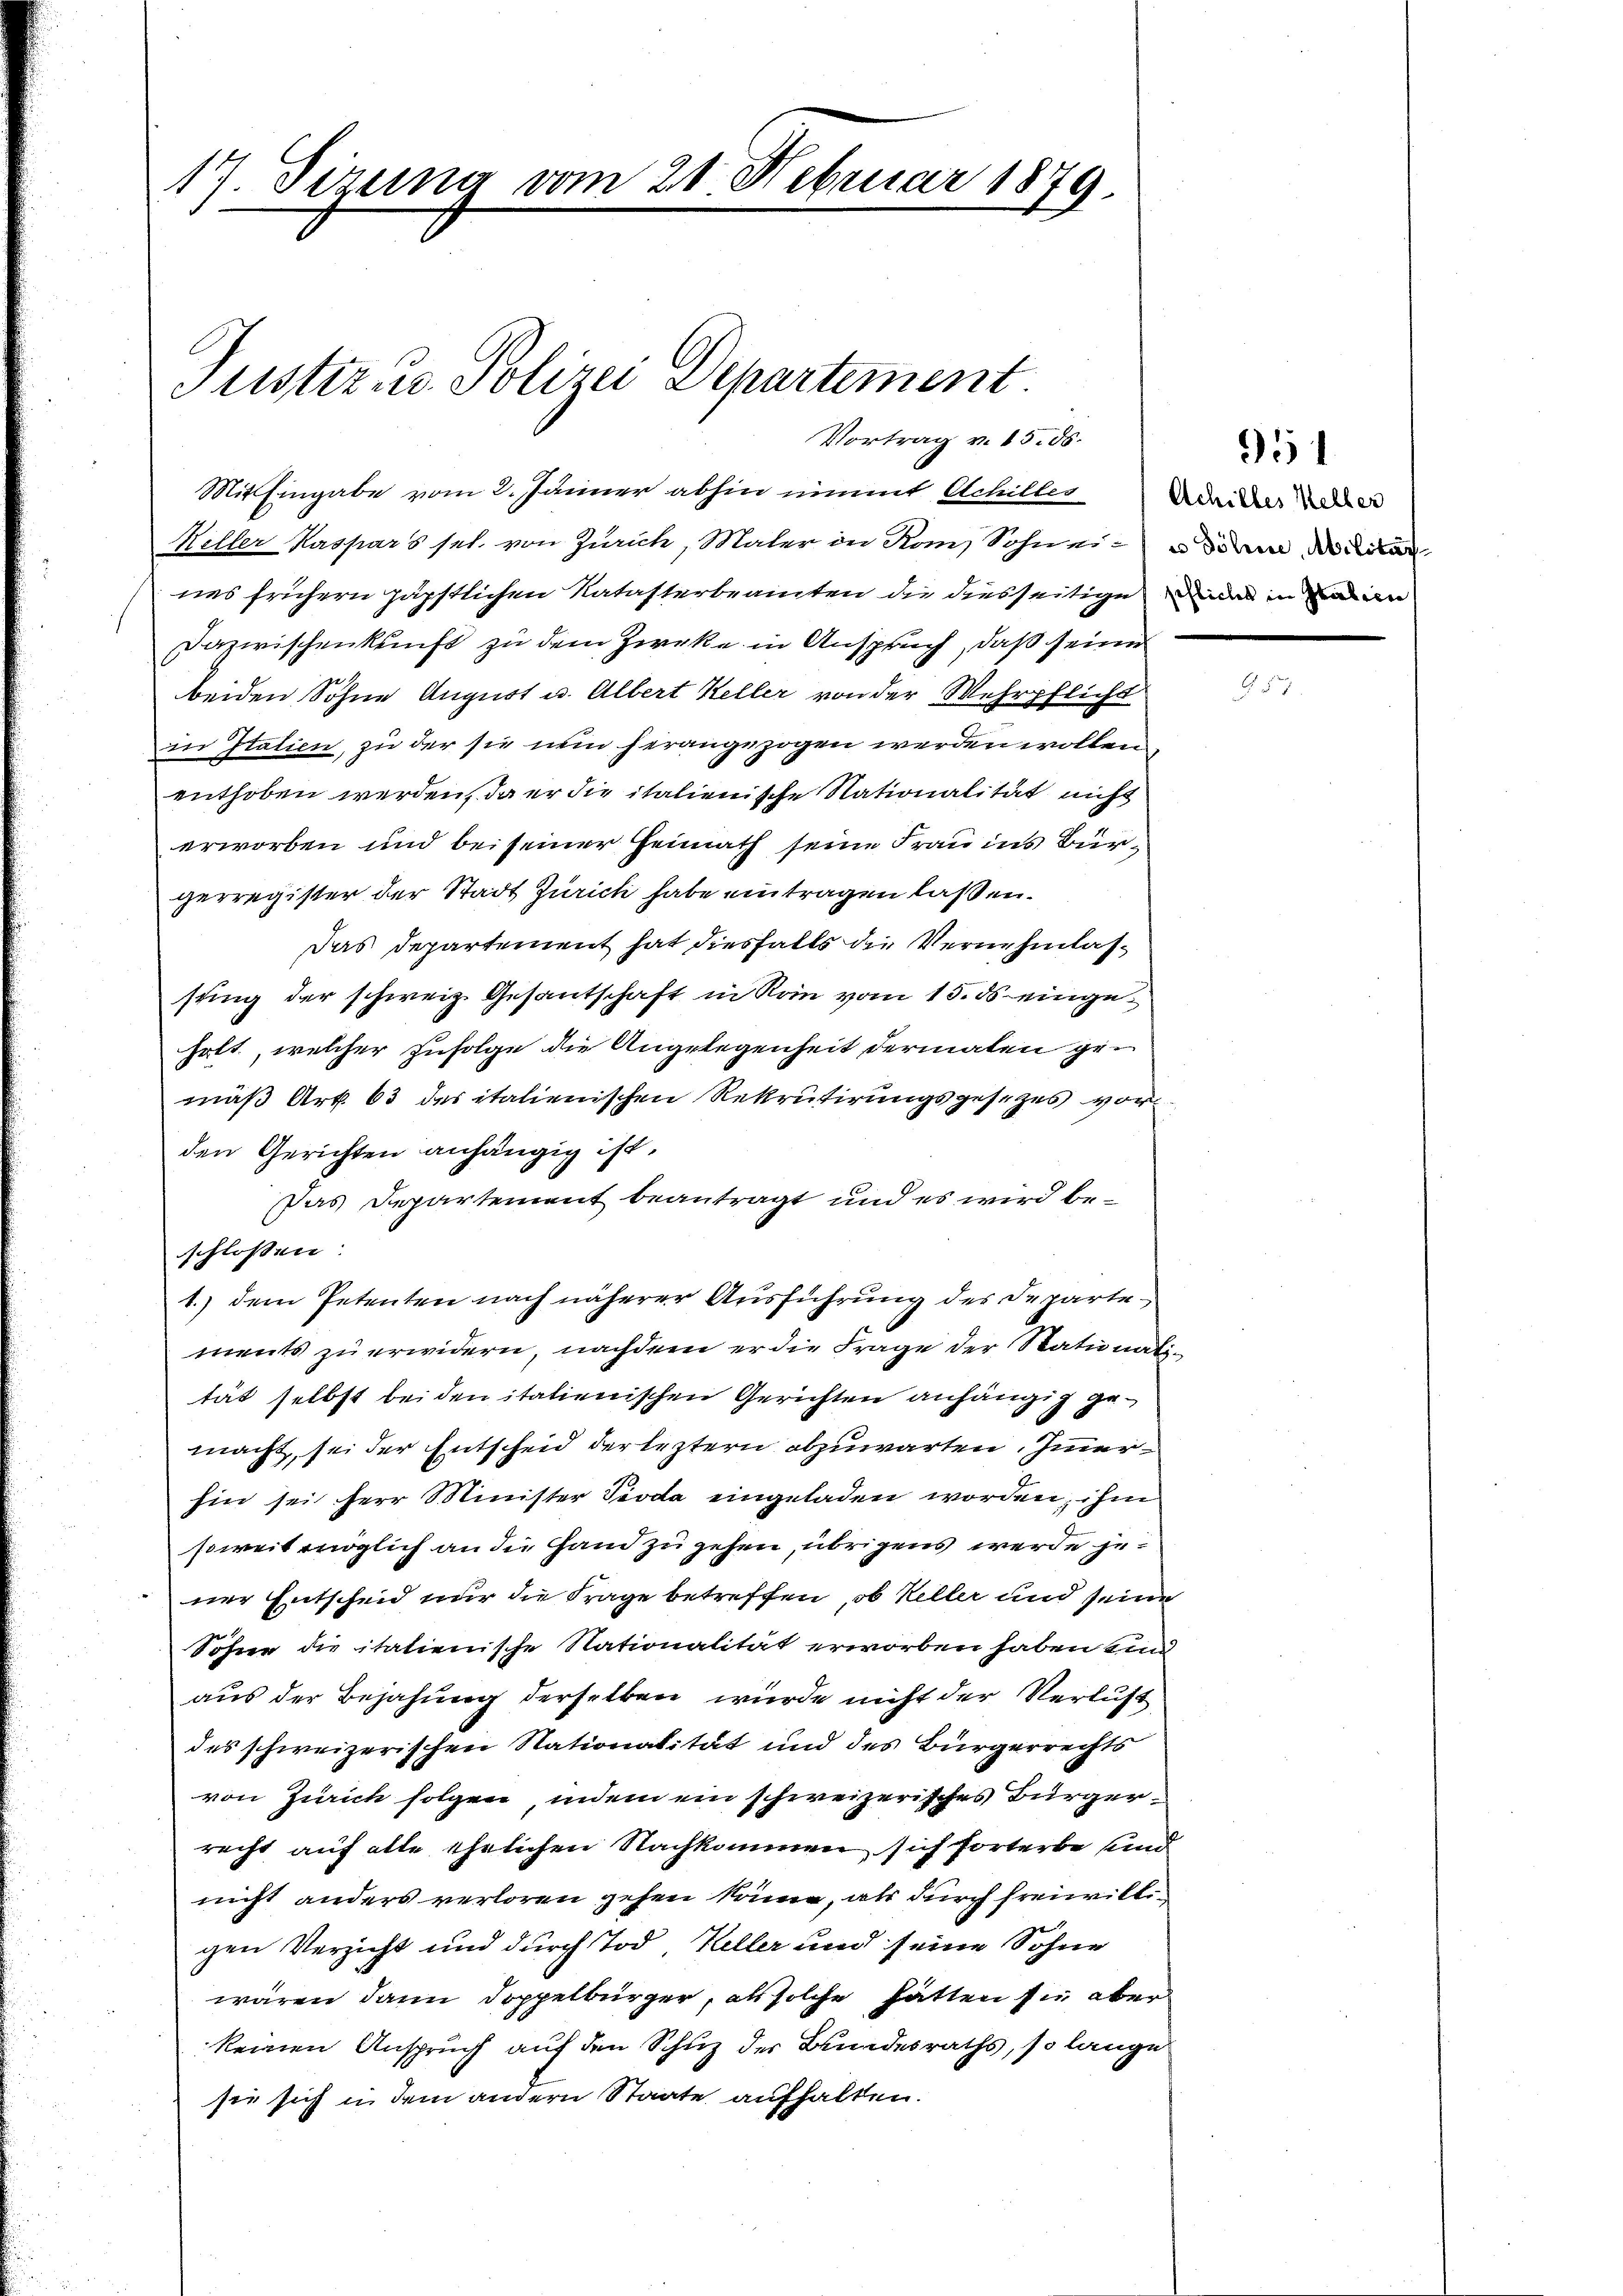
17. Dezung vom 21. Februar 1879.

Justiz- u. Polizei Departement.
Vortrag v. 15. ds.

Mit Eingabe vom 2. Jänner abhin nimmt Achilles Weide de
Keller Kaspars sel. von Zürich, Maler in Rom, Sohneien die
nes frühern päpstlichen Natasterbeamten die diesseitige das in und an
Dazwischenkunft zu dem Zirke in Anspruch, daß seiner
beiden Sohne August u. Albert Keller von der Wehrpflicht
in Italien, zu der sie nun herangezogen werden wollen
enthoben werden, da er die italienische Nationalität nicht
erworben und bei seiner Heimath seine Frau ins Bürgerregister der Stadt Zürich habe eintragen laßen.
Das Departement hat diesfalls die Vernehmlassung der schweiz. Gesantschaft in Rain vom 15. ds eingeholt, welcher Zufolge die Angelegenheit dermalen gemäß Art. 63 des italienischen Rekrutirungsgesetzes vor
den Gerichten anhängig ist,
Das Departement beantragt und es wird beschlossen:
1.) dem Petenten nach näherer Ausführung des Departements zu erwidern, nachdem er die Frage der Stationatität selbst beiden italienischen Gerichten anhängig gemacht, sei der Entscheid der leztern abzuwarten. Immerhin sei herr Minister Pioda eingeladen worden, ihm
soweit möglich an die Hand zu gehen, übrigens werde jener Entscheid nur die Frage betreffen, ob Keller und seine
Söhne die italienische Nationalität erworben haben und
aus der Bejahung derselben wurde nicht der Verlust
des schweizerischen Nationalität und des Bürgerrechts
von Zürich folgen, indem ein schweizerisches Bürgerrecht auf alle ehelichen Nachkommen sich forterbe und
nicht anders verloren gehen könne, als durch freiwilligen Verzicht und durch Tod. Keller und seine Sohne
wären dann doppelbürger, als solche hätten sie aber
keinen Anspruch auf den Schuz der Bundesraths, so lange
sie sich in dem andern Staate aufhalten.

951